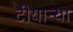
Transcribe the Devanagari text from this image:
टीयान्या